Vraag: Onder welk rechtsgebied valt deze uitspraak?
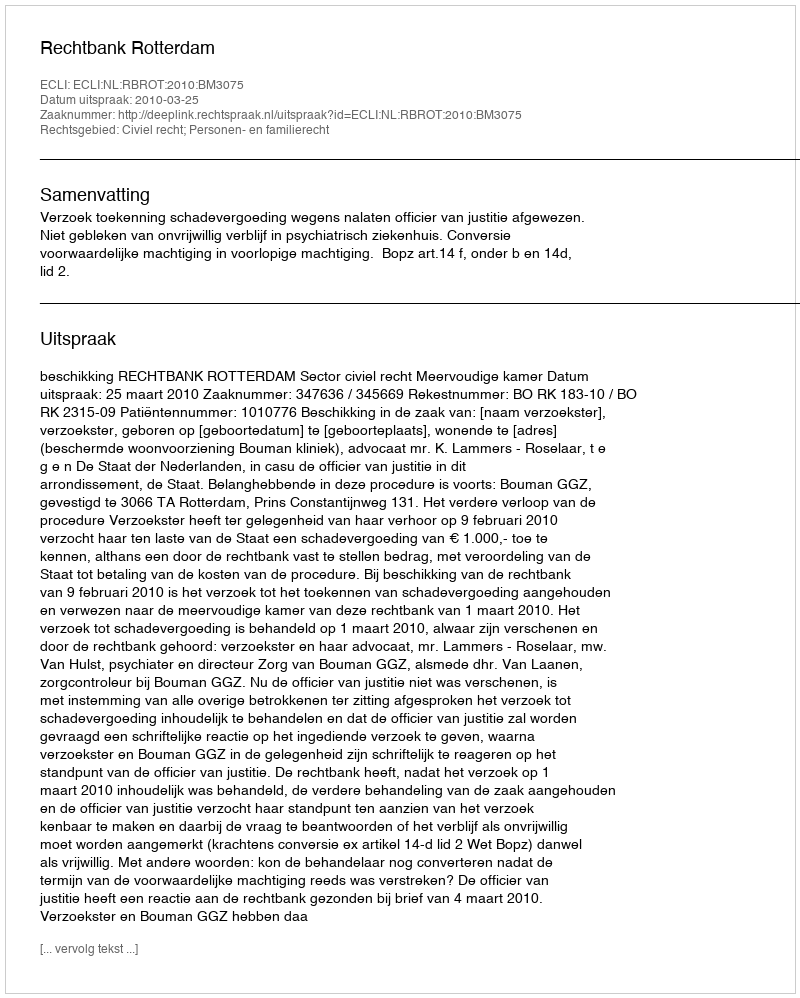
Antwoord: Civiel recht; Personen- en familierecht